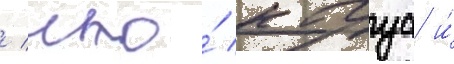
/ что́ кагуа и́